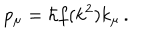
LaTeX: p _ { \mu } = \hbar f ( k ^ { 2 } ) k _ { \mu } \, .